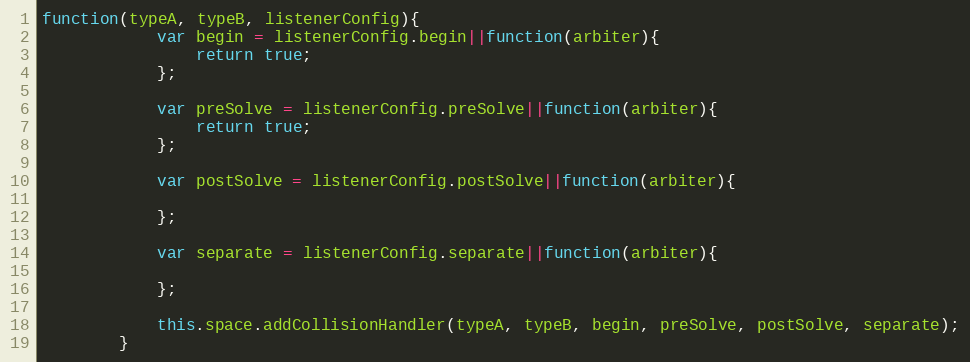
Language: JavaScript
function(typeA, typeB, listenerConfig){
            var begin = listenerConfig.begin||function(arbiter){
                return true;
            };

            var preSolve = listenerConfig.preSolve||function(arbiter){
                return true;
            };

            var postSolve = listenerConfig.postSolve||function(arbiter){

            };

            var separate = listenerConfig.separate||function(arbiter){

            };

            this.space.addCollisionHandler(typeA, typeB, begin, preSolve, postSolve, separate);
        }